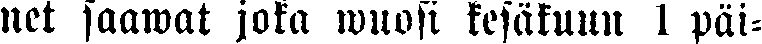
net saawat joka wuosi kesäkuun 1 päi-